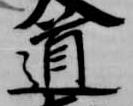
道